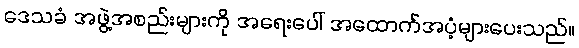
ဒေသခံ အဖွဲ့အစည်းများကို အရေးပေါ် အထောက်အပံ့များပေးသည်။